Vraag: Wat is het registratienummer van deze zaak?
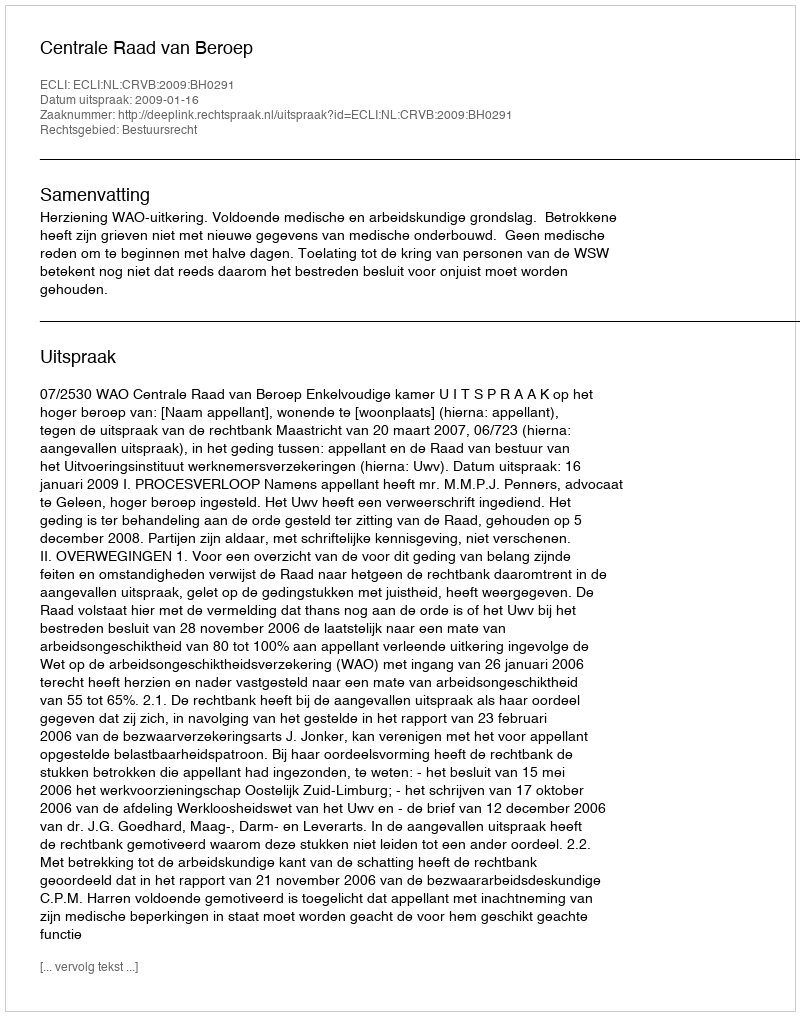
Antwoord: http://deeplink.rechtspraak.nl/uitspraak?id=ECLI:NL:CRVB:2009:BH0291